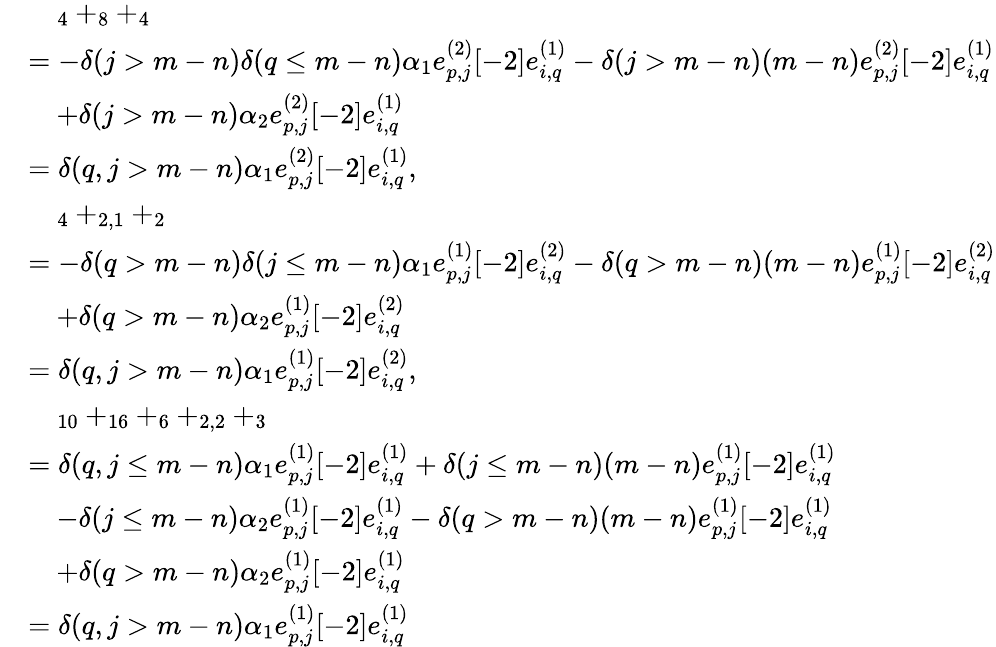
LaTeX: \begin{array}{rl}&{\quad_{4}+_{8}+_{4}}\\ &{=-\delta(j>m-n)\delta(q\leq m-n)\alpha_{1}e_{p,j}^{(2)}[-2]e_{i,q}^{(1)}-\delta(j>m-n)(m-n)e_{p,j}^{(2)}[-2]e_{i,q}^{(1)}}\\ &{\quad+\delta(j>m-n)\alpha_{2}e_{p,j}^{(2)}[-2]e_{i,q}^{(1)}}\\ &{=\delta(q,j>m-n)\alpha_{1}e_{p,j}^{(2)}[-2]e_{i,q}^{(1)},}\\ &{\quad_{4}+_{2,1}+_{2}}\\ &{=-\delta(q>m-n)\delta(j\leq m-n)\alpha_{1}e_{p,j}^{(1)}[-2]e_{i,q}^{(2)}-\delta(q>m-n)(m-n)e_{p,j}^{(1)}[-2]e_{i,q}^{(2)}}\\ &{\quad+\delta(q>m-n)\alpha_{2}e_{p,j}^{(1)}[-2]e_{i,q}^{(2)}}\\ &{=\delta(q,j>m-n)\alpha_{1}e_{p,j}^{(1)}[-2]e_{i,q}^{(2)},}\\ &{\quad_{10}+_{16}+_{6}+_{2,2}+_{3}}\\ &{=\delta(q,j\leq m-n)\alpha_{1}e_{p,j}^{(1)}[-2]e_{i,q}^{(1)}+\delta(j\leq m-n)(m-n)e_{p,j}^{(1)}[-2]e_{i,q}^{(1)}}\\ &{\quad-\delta(j\leq m-n)\alpha_{2}e_{p,j}^{(1)}[-2]e_{i,q}^{(1)}-\delta(q>m-n)(m-n)e_{p,j}^{(1)}[-2]e_{i,q}^{(1)}}\\ &{\quad+\delta(q>m-n)\alpha_{2}e_{p,j}^{(1)}[-2]e_{i,q}^{(1)}}\\ &{=\delta(q,j>m-n)\alpha_{1}e_{p,j}^{(1)}[-2]e_{i,q}^{(1)}}\end{array}